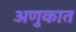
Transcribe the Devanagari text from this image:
अणुकात